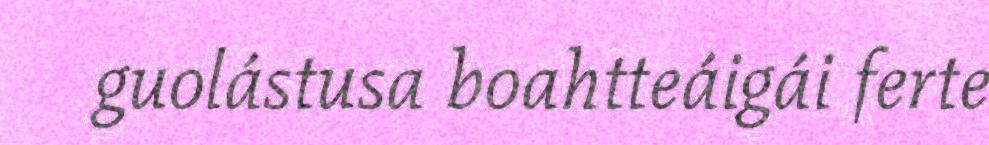
guolástusa boahtteáigái ferte